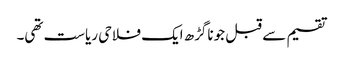
تقسیم سے قبل جوناگڑھ ایک فلاحی ریاست تھی۔